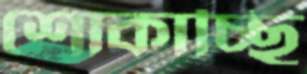
শোকাচ্ছি